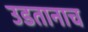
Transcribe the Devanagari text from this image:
उडतानाच